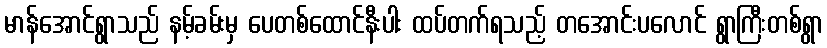
မာန်အောင်ရွာသည် နမ့်ခမ်းမှ ပေတစ်ထောင်နီးပါး ထပ်တက်ရသည့် တအောင်းပလောင် ရွာကြီးတစ်ရွာ